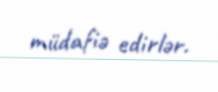
müdafiə edirlər.